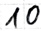
Text: 10